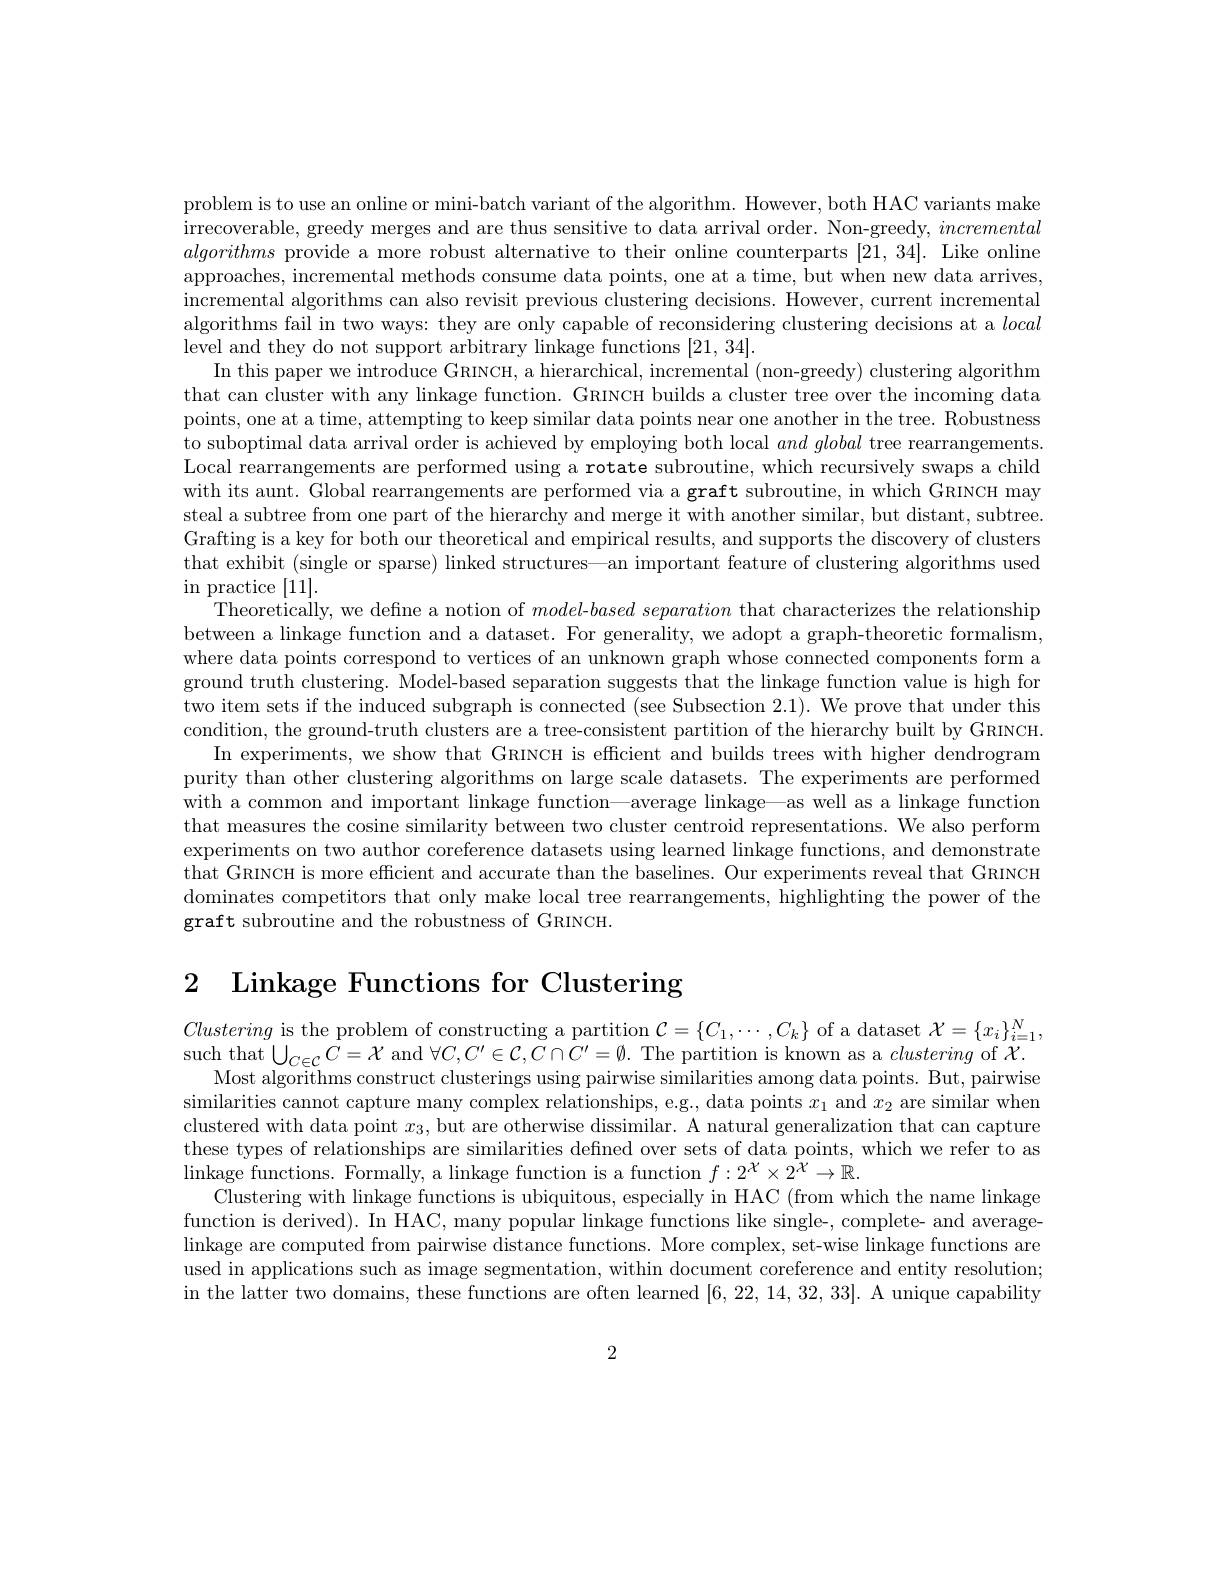
problem is to use an online or mini-batch variant of the algorithm. However, both HAC variants make irrecoverable, greedy merges and are thus sensitive to data arrival order. Non-greedy, incremental algorithms provide a more robust alternative to their online counterparts [21,34]. Like online approaches, incremental methods consume data points, one at a time, but when new data arrives, incremental algorithms can also revisit previous clustering decisions. However, current incremental algorithms fail in two ways: they are only capable of reconsidering clustering decisions at a local level and they do not support arbitrary linkage functions [21,34].
In this paper we introduce GRINCH, a hierarchical, incremental (non-greedy) clustering algorithm that can cluster with any linkage function. GRINCH builds a cluster tree over the incoming data points, one at a time, attempting to keep similar data points near one another in the tree. Robustness to suboptimal data arrival order is achieved by employing both local $and\textit{ global tree rearrangements}$ Local rearrangements are performed using a rotate subroutine, which recursively swaps a child with its aunt. Global rearrangements are performed via a graft subroutine, in which GRINCH may steal a subtree from one part of the hierarchy and merge it with another similar, but distant, subtree. Grafting is a key for both our theoretical and empirical results, and supports the discovery of clusters that exhibit (single or sparse) linked structures—an important feature of clustering algorithms used $\operatorname{in}$practice[11].
Theoretically, we define a notion of model-$based\textit{ separation that characterizes the relationship}$ between a linkage function and a dataset. For generality, we adopt a graph-theoretic formalism, where data points correspond to vertices of an unknown graph whose connected components form a ground truth clustering. Model-based separation suggests that the linkage function value is high for two item sets if the induced subgraph is connected (see Subsection 2.1). We prove that under this condition, the ground-truth clusters are a tree-consistent partition of the hierarchy built by GRINCH.
In experiments, we show that GRINCH is efficient and builds trees with higher dendrogram purity than other clustering algorithms on large scale datasets. The experiments are performed with a common and important linkage function—average linkage—as well as a linkage function that measures the cosine similarity between two cluster centroid representations. We also perform experiments on two author coreference datasets using learned linkage functions, and demonstrate that GRINCH is more efficient and accurate than the baselines. Our experiments reveal that GRINCH dominates competitors that only make local tree rearrangements, highlighting the power of the graft subroutine and the robustness of GRINCH.

2 Linkage Functions for Clustering

Clustering is the problem of constructing a partition $\mathcal{C}=\{C_1,\cdots,C_k\}$ of a dataset $\mathcal{X}=\{x_i\}_i=1^N$,
such that $\bigcup_{C\in\mathcal{C}}C=\mathcal{X}$ and $\forall C,C^\prime\in\mathcal{C},C\cap C^{\prime}=\emptyset.$ The partition is known as a clustering of $\mathcal{X}.$
Most algorithms construct clusterings using pairwise similarities among data points. But, pairwise similarities cannot capture many complex relationships, e.g., data points $x_1$ and $x_2$ are similar when clustered with data point $x_3$, but are otherwise dissimilar. A natural generalization that can capture these types of relationships are similarities defined over sets of data points, which we refer to as linkage functions. Formally, a linkage function is a function $f:2^{\mathcal{X}}\times2^{\mathcal{X}}\to\mathbb{R}.$
Clustering with linkage functions is ubiquitous, especially in HAC (from which the name linkage function is derived). In HAC, many popular linkage functions like single-, complete- and averagelinkage are computed from pairwise distance functions. More complex, set-wise linkage functions are used in applications such as image segmentation, within document coreference and entity resolution; in the latter two domains, these functions are often learned [6,22,14,32,33]. A unique capability

2